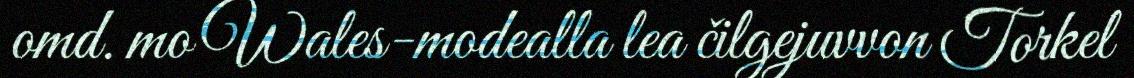
omd. mo Wales-modealla lea čilgejuvvon Torkel